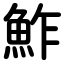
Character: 鮓